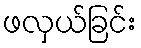
ဖလှယ်ခြင်း